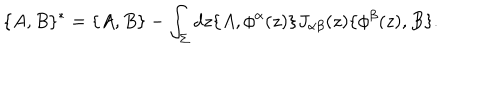
LaTeX: \{ A , B \} ^ { * } = \{ A , B \} - \int _ { \Sigma } d z \{ A , \phi ^ { \alpha } ( z ) \} J _ { \alpha \beta } ( z ) \{ \phi ^ { \beta } ( z ) , B \} .